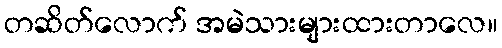
တဆိတ်လောက် အမဲသားများထားတာလေ။